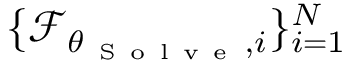
\{ \mathcal { F } _ { \theta _ { \mathrm { ~ S ~ o ~ l ~ v ~ e ~ } } , i } \} _ { i = 1 } ^ { N }